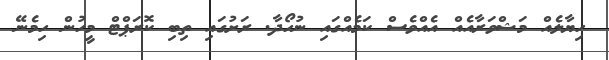
ހިޔާލެއް މަޝްވަރާއެއް އެއްވެސް ކަމެއްގައި ނުހޯދާ. ރަށުގައި ތިބި ކޮރަޕްޓް މީހުން ހިމެނޭ